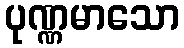
ပုဏ္ဏမာသော